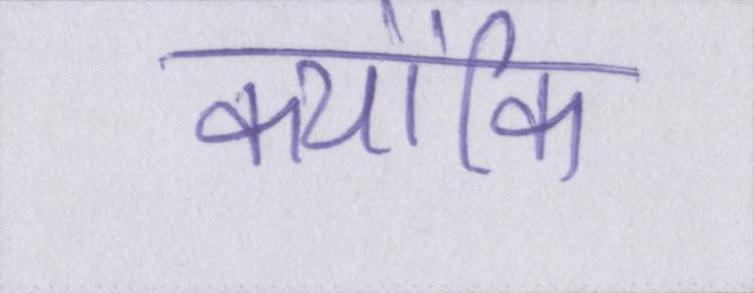
क्योंकि